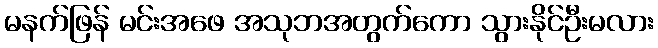
မနက်ဖြန် မင်းအဖေ အသုဘအတွက်ကော သွားနိုင်ဦးမလား